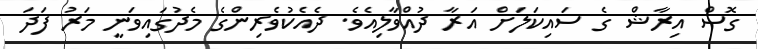
ގޮސް އިރާޝް ގެ ސައިކަލަށް އަރާ ދުއްވާލިއެވެ. ދެއެކުވެރިންގެ މެދުގައިވަނީ މަރު ފަދަ